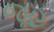
જૂહૂ